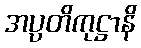
အပ္ပတိကုဋ္ဌာနိ